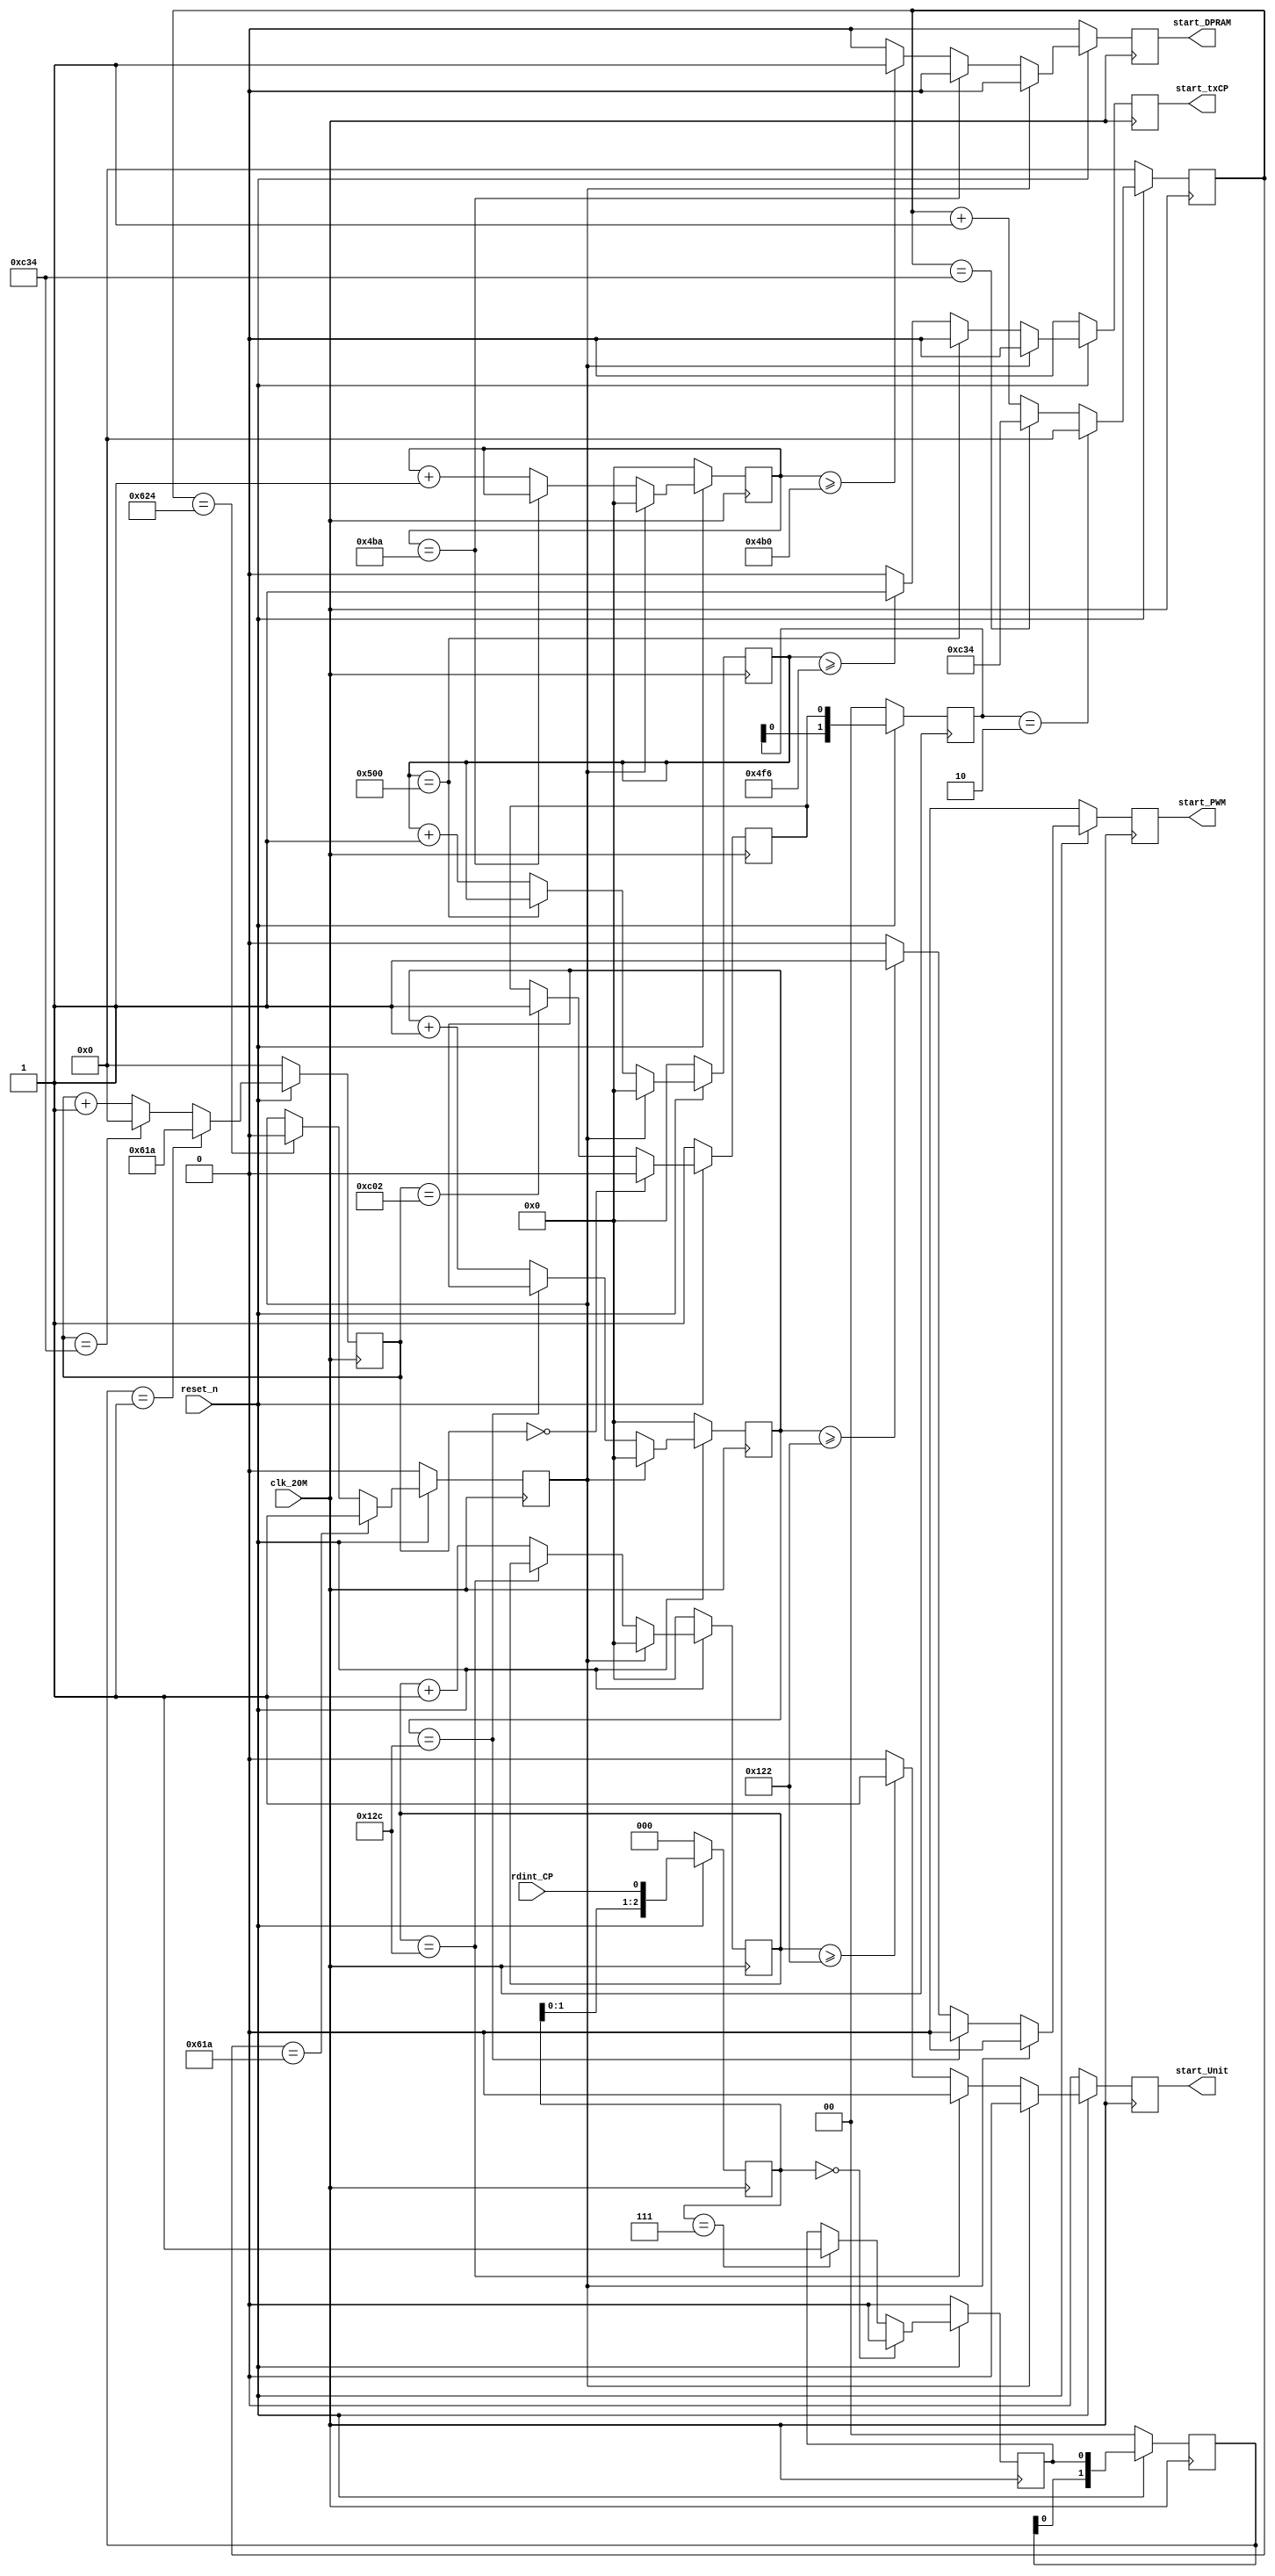
`timescale 1ns / 1ps
//////////////////////////////////////////////////////////////////////////////////
// Company: 
// Engineer: 
// 
// Design Name: 
// Module Name:    AutoStart 
// Project Name: 
// Target Devices: 
// Tool versions: 
// Description: 
//
// Dependencies: 
//
// Revision: 
// Revision 0.01 - File Created
// Additional Comments: 
//
//////////////////////////////////////////////////////////////////////////////////

module AutoStart(
    input clk_20M,
    input reset_n,
	 input rdint_CP,
	 output reg start_PWM,start_DPRAM,start_Unit,start_txCP
    );
parameter syn_period = 3124; //156us 
parameter DELAY_PWM = 290;//14.4usstart //zy //319  16us  XINT
parameter DELAY_DPRAM =1200;
parameter DELAY_UNIT = 290;
parameter DELAY_TXCP = 1270;
parameter PULSE = 10;
reg [15:0] cnt_pwm;
reg [15:0] cnt_dpram;
reg [15:0] cnt_unit;
reg [15:0] cnt_txCP;
 


reg[2:0] i_fs_reg;
reg fs_in,fs_s,prod_fs;
reg[1:0] fs_in_reg,fs_s_reg;
reg[13:0] fs_in_cnt,fs_s_cnt;
reg start_syn;

always @ (posedge clk_20M)
begin
	if(!reset_n)begin
		i_fs_reg<=3'b000;
		fs_in<=1'b0;
		fs_in_reg<=2'b00;
		fs_in_cnt<=14'd0;
		fs_s<=1'b1;
		fs_s_reg<=2'b00;
		fs_s_cnt<=14'd0;
		start_syn<=1'b0;
	end
	else begin
		i_fs_reg<={i_fs_reg[1:0],rdint_CP};	
		if(i_fs_reg==3'b000) fs_in<=1'b0;
		else if(i_fs_reg==3'b111) fs_in<=1'b1;
		else fs_in<=fs_in;	
		
		fs_in_reg<={fs_in_reg[0],fs_in};
		if(fs_in_reg==2'b01) fs_in_cnt<=14'd1562;
		else if(fs_in_cnt==syn_period)fs_in_cnt<=14'd0;
		else fs_in_cnt<=fs_in_cnt+1;	
		
		if(fs_in_cnt==14'd0) fs_s<=1'b0;
		else if(fs_in_cnt==14'd3074) fs_s<=1'b1;
		else fs_s<=fs_s;
		fs_s_reg<={fs_s_reg[0],fs_s};
		
		if(fs_s_reg==2'b10) fs_s_cnt<=14'd0;
		else if(fs_s_cnt==syn_period)fs_s_cnt<=syn_period;
		else fs_s_cnt<=fs_s_cnt+1;

		if(fs_s_cnt==14'd1562) start_syn<=1'b1;
		else if(fs_s_cnt==14'd1572) start_syn<=1'b0;
		else start_syn<=start_syn;
	end
end

always @ (posedge clk_20M)
begin
     if(!reset_n)begin
		  cnt_pwm   <= 16'd0;
		  start_PWM <= 1'b0;
	  end
	  else if(start_syn)begin
	     cnt_pwm   <= 16'd0;
		  start_PWM <= 1'b0;
	  end
	  else if(cnt_pwm  == (DELAY_PWM + PULSE))begin
		  cnt_pwm   <= cnt_pwm;
		  start_PWM <= 1'b0;
	  end
	  else if(cnt_pwm >= DELAY_PWM)begin
		  cnt_pwm   <= cnt_pwm + 16'd1;
		  start_PWM <= 1'b1;
	  end
	  else begin
		  cnt_pwm   <= cnt_pwm + 16'd1;
		  start_PWM <= 1'b0;
	  end
end 

always @ (posedge clk_20M)
begin
     if(!reset_n)begin
		  cnt_dpram   <= 16'd0;
		  start_DPRAM <= 1'b0;
	  end
	  else if(start_syn)begin
	     cnt_dpram   <= 16'd0;
		  start_DPRAM <= 1'b0;
	  end
	  else if(cnt_dpram  == (DELAY_DPRAM + PULSE))begin
		  cnt_dpram   <= cnt_dpram;
		  start_DPRAM <= 1'b0;
	  end
	  else if(cnt_dpram >= DELAY_DPRAM)begin
		  cnt_dpram   <= cnt_dpram + 16'd1;
		  start_DPRAM <= 1'b1;
	  end
	  else begin
		  cnt_dpram   <= cnt_dpram + 16'd1;
		  start_DPRAM <= 1'b0;
	  end
end 

always @ (posedge clk_20M)
begin
     if(!reset_n)begin
		  cnt_unit   <= 16'd0;
		  start_Unit <= 1'b0;
	  end
	  else if(start_syn)begin
	     cnt_unit   <= 16'd0;
		  start_Unit <= 1'b0;
	  end
	  else if(cnt_unit  == (DELAY_UNIT + PULSE))begin
		  cnt_unit   <= cnt_unit;
		  start_Unit <= 1'b0;
	  end
	  else if(cnt_unit >= DELAY_UNIT)begin
		  cnt_unit   <= cnt_unit + 16'd1;
		  start_Unit <= 1'b1;
	  end
	  else begin
		  cnt_unit   <= cnt_unit + 16'd1;
		  start_Unit <= 1'b0;
	  end
end 

always @ (posedge clk_20M)
begin
     if(!reset_n)begin
		  cnt_txCP   <= 16'd0;
		  start_txCP <= 1'b0;
	  end
	  else if(start_syn)begin
	     cnt_txCP   <= 16'd0;
		  start_txCP <= 1'b0;
	  end
	  else if(cnt_txCP  == (DELAY_TXCP + PULSE))begin
		  cnt_txCP   <= cnt_txCP;
		  start_txCP <= 1'b0;
	  end
	  else if(cnt_txCP >= DELAY_TXCP)begin
		  cnt_txCP   <= cnt_txCP + 16'd1;
		  start_txCP <= 1'b1;
	  end
	  else begin
		  cnt_txCP   <= cnt_txCP + 16'd1;
		  start_txCP <= 1'b0;
	  end
end 

endmodule